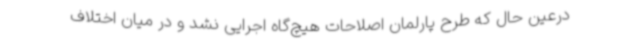
درعین ‌حال که طرح پارلمان اصلاحات هیچ‌گاه اجرایی نشد و در میان اختلاف